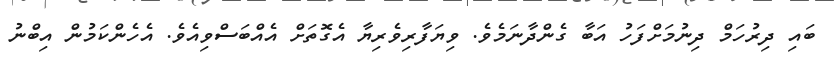
ބައި ދިރުހަމް ދިނުމަށްފަހު އަބާ ގެންދާނަމެވެ. ވިޔަފާރިވެރިޔާ އެގޮތަށް އެއްބަސްވިއެވެ. އެހެންކަމުން އިބްނު